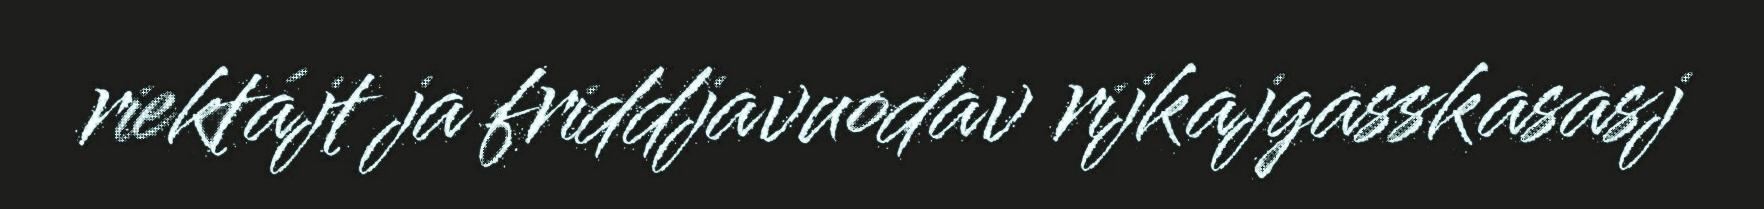
riektájt ja friddjavuodav rijkajgasskasasj